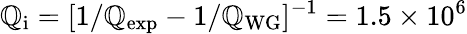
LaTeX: \mathbb{Q}_{\mathrm{{i}}}=[1/\mathbb{Q}_{\mathrm{{exp}}}-1/\mathbb{Q}_{\mathrm{{WG}}}]^{-1}=1.5\times10^{6}